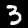
Digit: 3